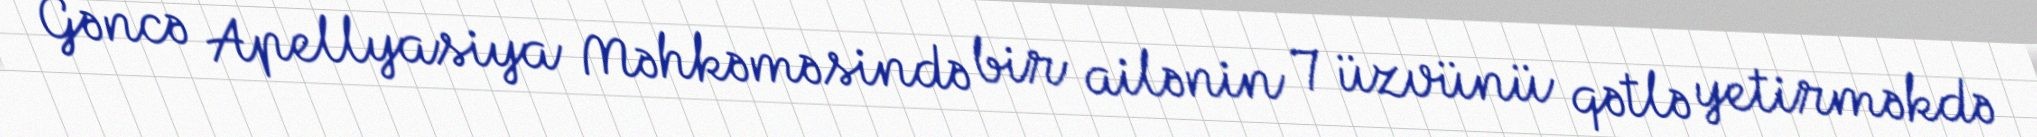
Gəncə Apellyasiya Məhkəməsində bir ailənin 7 üzvünü qətlə yetirməkdə